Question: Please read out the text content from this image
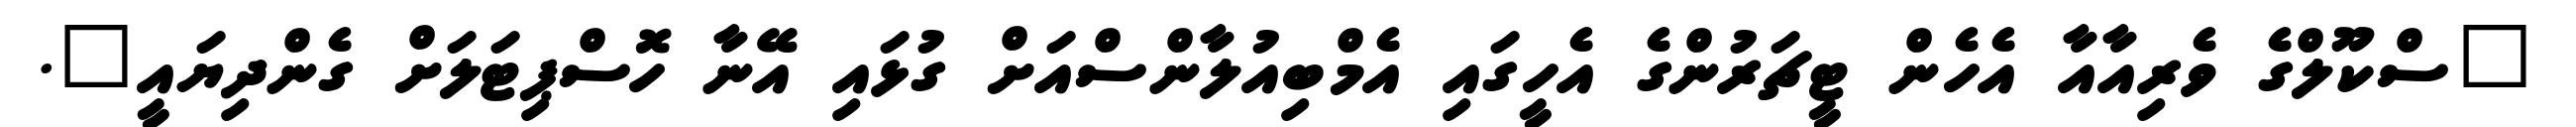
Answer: "ސްކޫލްގެ ވެރިއާއާ އެހެން ޓީޗަރުންގެ އެހީގައި އެމްބިއުލާންސްއަށް ގުޅައި އޭނާ ހޮސްޕިޓަލަށް ގެންދިޔައީ".